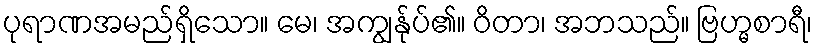
ပုရာဏအမည်ရှိသော။ မေ၊ အကျွန်ုပ်၏။ ဝိတာ၊ အဘသည်။ ဗြဟ္မစာရီ၊